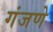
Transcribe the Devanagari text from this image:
गंजणे